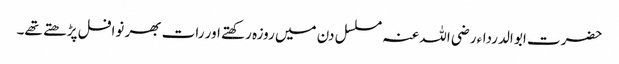
حضرت ابو الدرداء رضی اللہ عنہ مسلسل دن میں روزہ رکھتے اور رات بھر نوافل پڑھتے تھے۔